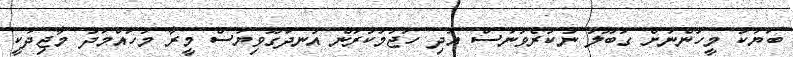
ބަޔަކު މީހުންނަށް ގަބޫލު ނުކުރެވުނަސް އަދި ހަޖަމުކުރަން އުނދަގޫވިޔަސް މީރާ މުހައްމަދު މާޖިދަކީ